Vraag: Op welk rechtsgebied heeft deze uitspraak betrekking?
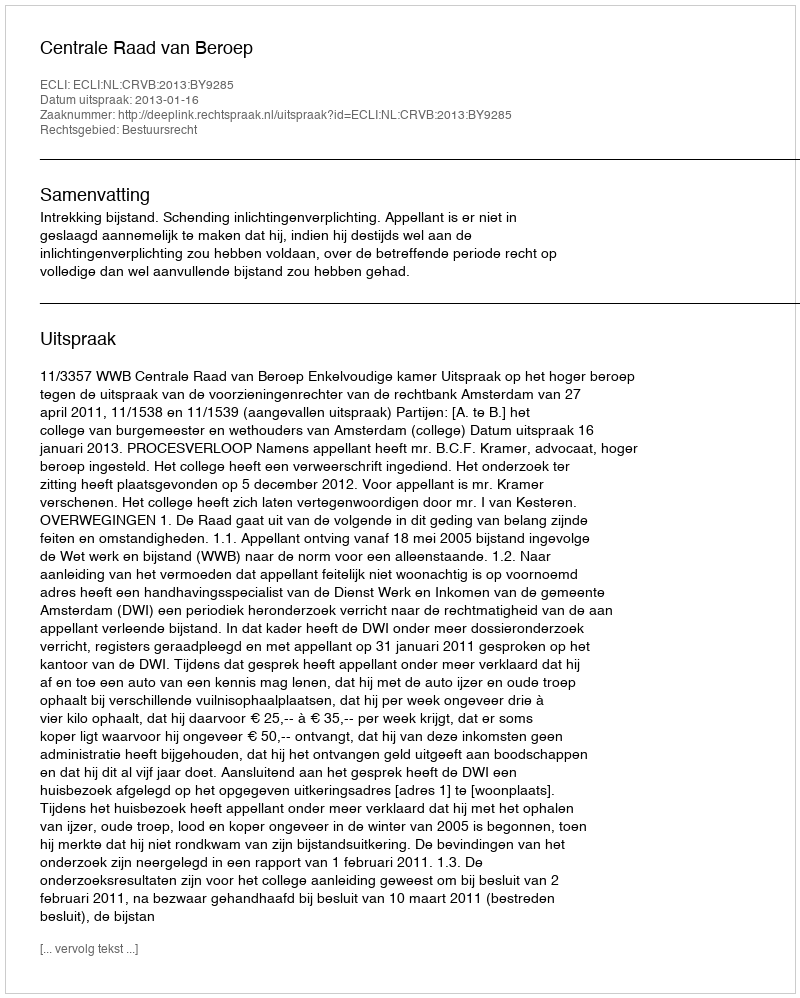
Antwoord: Bestuursrecht